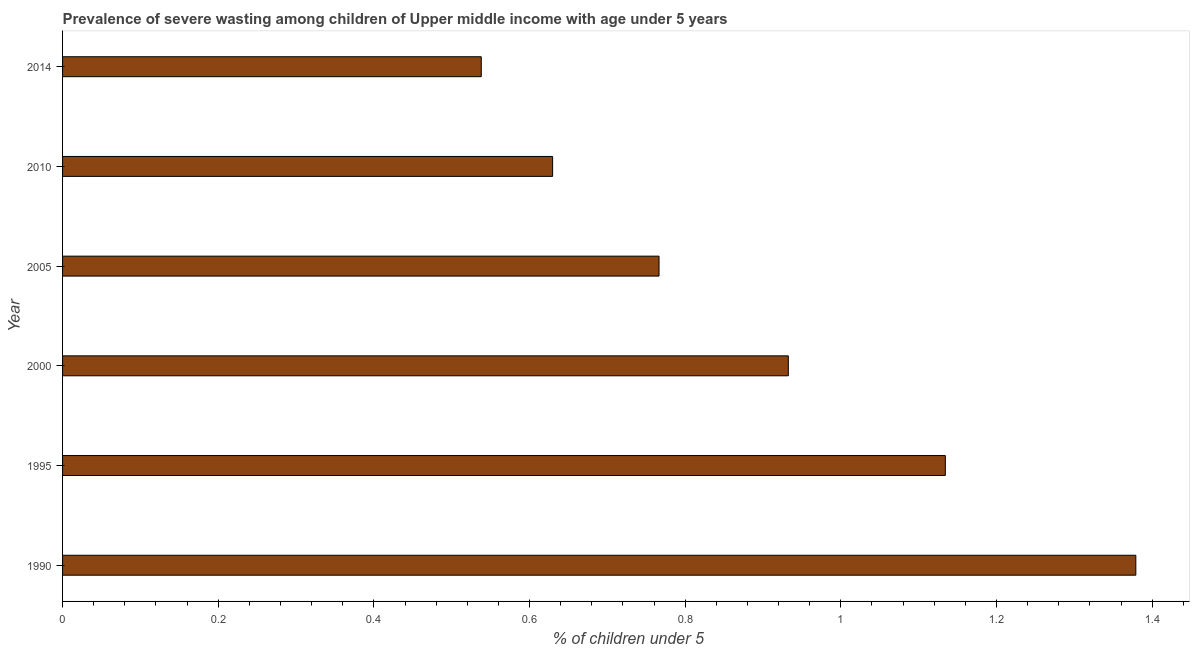
| Year | Prevalence of severe wasting |
 | --- | --- |
 | 1990 | 1.38 |
 | 1995 | 1.13 |
 | 2000 | 0.933 |
 | 2005 | 0.766 |
 | 2010 | 0.63 |
 | 2014 | 0.538 |